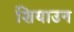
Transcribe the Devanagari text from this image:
शियाउन